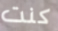
كنت